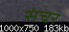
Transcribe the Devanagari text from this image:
संचर